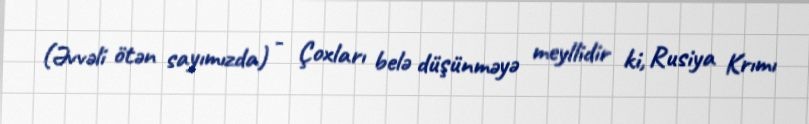
(Əvvəli ötən sayımızda) - Çoxları belə düşünməyə meyllidir ki, Rusiya Krımı